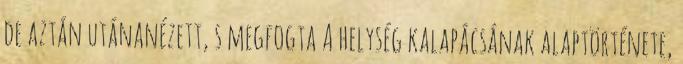
de aztán utánanézett, s megfogta A helység kalapácsának alaptörténete,